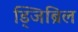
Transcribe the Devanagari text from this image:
ड्जिब्रिल